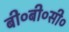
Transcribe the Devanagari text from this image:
बी०बी०सी०